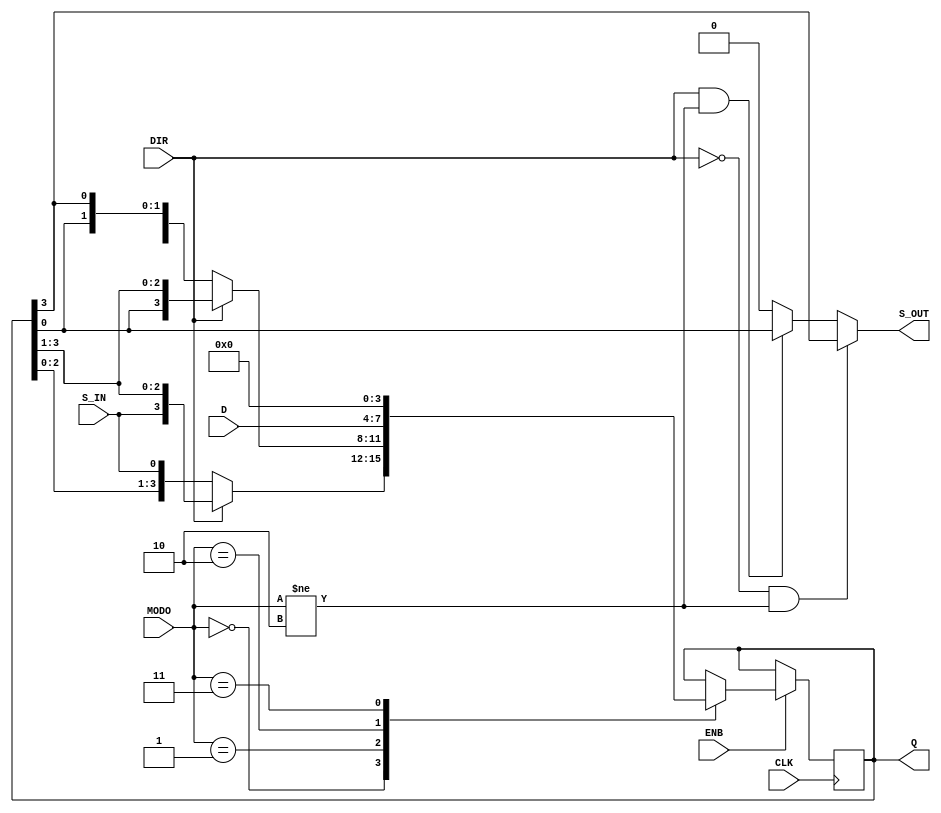
module register4(
	input 				CLK, 	//Clock input
	input 				ENB, 	//Counter enable, LOW active
	input 				DIR, 	//0 left shifting, 1 right shifting
	input 				S_IN, 	//Ripple carry input
	input 		[1:0] 	MODO, 	//Change operation modes
	input 		[3:0]	D, 		//Parallel input
	output reg 	[3:0] 	Q, 		//Parallel output
	output reg 		 	S_OUT 	//Ripple carry output
);
//***********************************************************
	localparam [1:0] SHIFT 		= 2'b00,
					 CIRC_SHIFT = 2'b01,
					 PARA_LOAD 	= 2'b10,
					 AVOID_MODE = 2'b11;

	localparam	LEFT  = 1'b0,
				RIGHT = 1'b1;

	always @(*)	if 		(DIR == LEFT  && MODO != PARA_LOAD) S_OUT = Q[3];
				else if (DIR == RIGHT && MODO != PARA_LOAD) S_OUT = Q[0];
				else 	S_OUT = 0;

	always @(posedge CLK)	if(ENB == 1)
							case(MODO) 
			    				SHIFT: 	if		(DIR == LEFT) 	Q[3:0] <= {Q[2:0], S_IN};
										else if	(DIR == RIGHT) 	Q[3:0] <= {S_IN, Q[3:1]};							
						
								CIRC_SHIFT:	if		(DIR == LEFT) 	Q[3:0] <= {Q[2:0],Q[3]};		
											else if	(DIR == RIGHT)	Q[3:0] <= {Q[0],Q[3:1]};
					
								PARA_LOAD: 	Q <= D;

								AVOID_MODE: Q <= 4'b0; //Avoid this case
							endcase 
	
endmodule